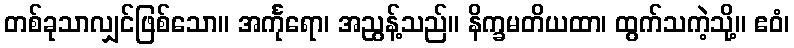
တစ်ခုသာလျှင်ဖြစ်သော။ အင်္ကုရော၊ အညွန့်သည်။ နိက္ခမတိယထာ၊ ထွက်သကဲ့သို့။ ဧဝံ၊